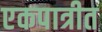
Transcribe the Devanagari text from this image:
एकपात्रीत